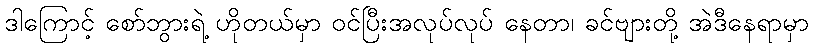
ဒါကြောင့် စော်ဘွားရဲ့ ဟိုတယ်မှာ ဝင်ပြီးအလုပ်လုပ် နေတာ၊ ခင်ဗျားတို့ အဲဒီနေရာမှာ